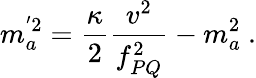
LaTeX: m_{a}^{^{\prime}2}={\frac{\kappa}{2}}{\frac{v^{2}}{f_{PQ}^{2}}}-m_{a}^{2}~.